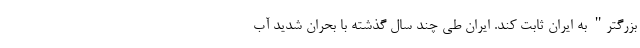
بزرگتر" به ایران ثابت کند. ایران طی چند سال گذشته با بحران شدید آب